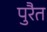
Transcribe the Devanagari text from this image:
पुरैत